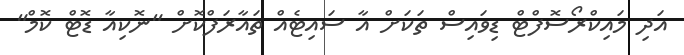
އަދި މައިކްރޯސޮފްޓް ޑިވައިސް ތަކަށް އާ ސައިޓެއް ތައާރަފްކޮށް "ނޮކިއާ ޑޮޓް ކޮމް"